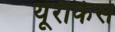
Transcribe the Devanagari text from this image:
यूरीकेस